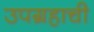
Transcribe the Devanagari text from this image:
उपग्रहाची